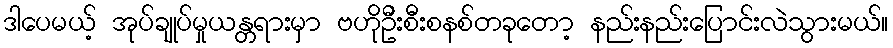
ဒါပေမယ့် အုပ်ချုပ်မှုယန္တရားမှာ ဗဟိုဦးစီးစနစ်တခုတော့ နည်းနည်းပြောင်းလဲသွားမယ်။